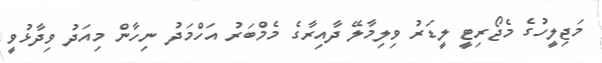
މަޖިލީހުގެ މެޖޯރިޓީ ލީޑަރު ވިލިމާލޭ ދާއިރާގެ މެމްބަރު އަހްމަދު ނިހާން މިއަދު ވިދާޅުވީ